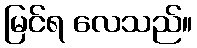
မြင်ရ လေသည်။